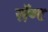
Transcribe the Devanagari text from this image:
सॅण्ट